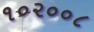
૧૦૨૦૦૮